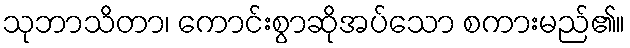
သုဘာသိတာ၊ ကောင်းစွာဆိုအပ်သော စကားမည်၏။